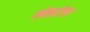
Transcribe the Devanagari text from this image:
वोर्स्टल